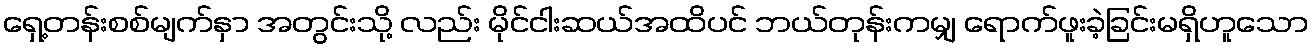
ရှေ့တန်းစစ်မျက်နှာ အတွင်းသို့ လည်း မိုင်ငါးဆယ်အထိပင် ဘယ်တုန်းကမျှ ရောက်ဖူးခဲ့ခြင်းမရှိဟူသော